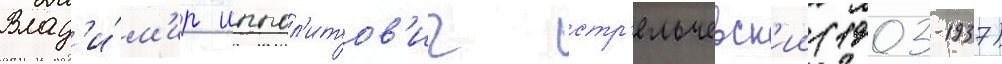
Влад'и́м'ир иппол'итов'ич стр'ельчевск'ии (1903-1937)